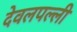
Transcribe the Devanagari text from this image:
देवलपल्ली